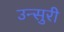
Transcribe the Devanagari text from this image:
उन्सुरी